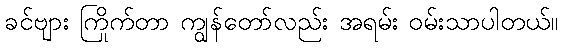
ခင်ဗျား ကြိုက်တာ ကျွန်တော်လည်း အရမ်း ဝမ်းသာပါတယ်။